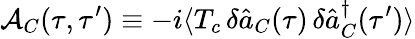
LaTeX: \mathcal{A}_{C}(\tau,\tau^{\prime})\equiv-i\langle T_{c}\, \delta\hat{a}_{C}(\tau)\, \delta\hat{a}_{C}^{\dagger}(\tau^{\prime})\rangle